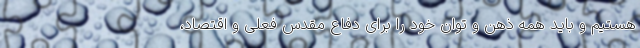
هستیم و باید همه ذهن و توان خود را برای دفاع مقدس فعلی و اقتصاد،